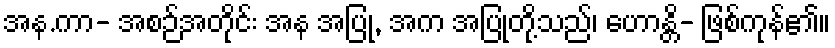
အန.ကာ- အစဉ်အတိုင်း အန အပြု, အက အပြုတို့သည်၊ ဟောန္တိ- ဖြစ်ကုန်၏။